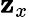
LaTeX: \mathbf{z}_{x}